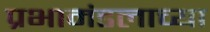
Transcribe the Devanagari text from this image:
प्रभामंडलाच्या